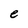
Character: e